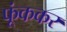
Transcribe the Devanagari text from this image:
फूंककर